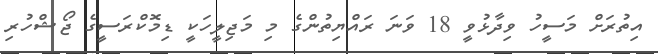
އިތުރަށް މަސީހު ވިދާޅުވީ 18 ވަނަ ރައްޔިތުންގެ މި މަޖިލީހަކީ ޑިމޮކްރަސީގެ ޖޯޝްހުރި